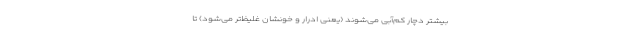
بیشتر دچار کم‌آبی می‌شوند (یعنی ادرار و خونشان غلیظ‌تر می‌شود) تا